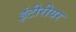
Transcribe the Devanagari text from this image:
इंटीरीयर